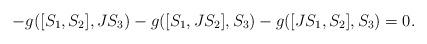
LaTeX: \begin{align*}-g([S_1,S_2],JS_3)-g([S_1,JS_2],S_3)-g([JS_1,S_2],S_3)=0.\end{align*}